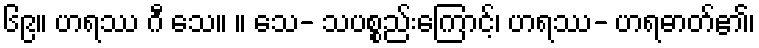
၆၉။ ဟရဿ ဂီ သေ။ ။ သေ- သပစ္စည်းကြောင့်၊ ဟရဿ- ဟရဓာတ်၏၊